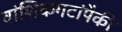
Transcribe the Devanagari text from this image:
वांशिकगटांपैकी